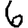
Digit: 6